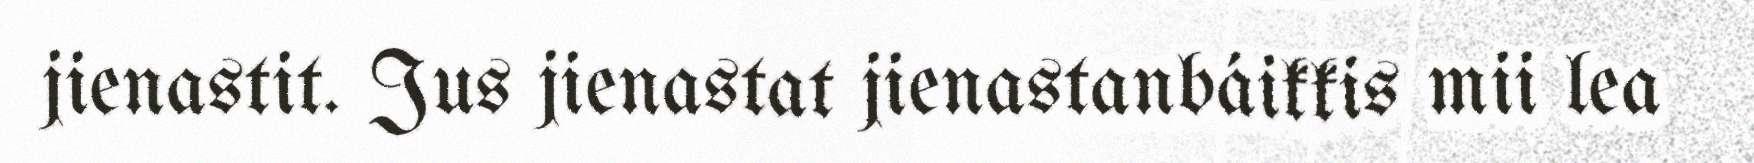
jienastit. Jus jienastat jienastanbáikkis mii lea